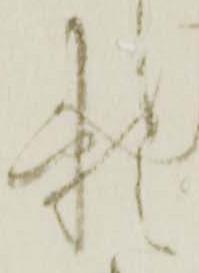
頼